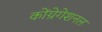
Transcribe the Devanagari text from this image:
कोंग्रेगेशनल